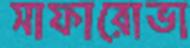
সাফারোভা